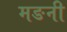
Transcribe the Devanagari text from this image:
मङनी